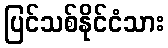
ပြင်သစ်နိုင်ငံသား